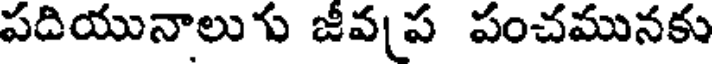
పదియునాలుగు జీవప పంచమునకు